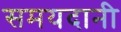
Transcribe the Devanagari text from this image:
समयदानी